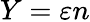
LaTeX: Y=\varepsilon n